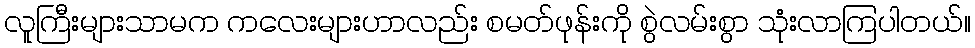
လူကြီးများသာမက ကလေးများဟာလည်း စမတ်ဖုန်းကို စွဲလမ်းစွာ သုံးလာကြပါတယ်။